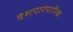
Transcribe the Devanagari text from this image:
वंशपारंपारिक